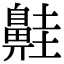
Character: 𪖢